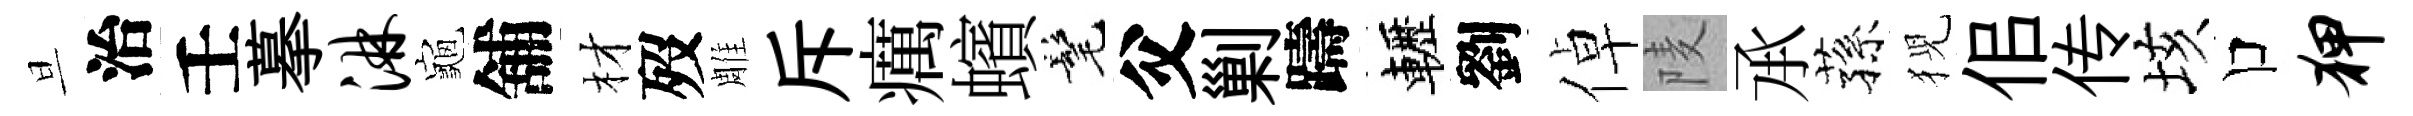
旦治壬摹淋龜舖材歿雕斥癘蠙髦父剿躊轣劉倬𨹧𠄘蓀猊佀传垓口狎